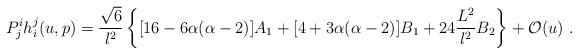
LaTeX: \begin{align*} P^i_j h^j_i(u,p) = \frac{\sqrt{6}}{l^2} \left\{ [16-6\alpha(\alpha-2)] A_1 +[4+3\alpha(\alpha-2)] B_1 +24\frac{L^2}{l^2} B_2 \right\} + \mathcal{O}(u)~.\end{align*}